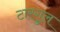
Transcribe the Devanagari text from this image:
टारगुल